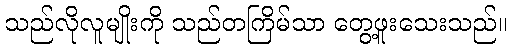
သည်လိုလူမျိုးကို သည်တကြိမ်သာ တွေ့ဖူးသေးသည်။